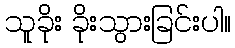
သူခိုး ခိုးသွားခြင်းပါ။